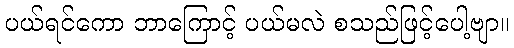
ပယ်ရင်ကော ဘာကြောင့် ပယ်မလဲ စသည်ဖြင့်ပေါ့ဗျာ။